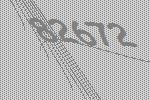
82672